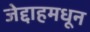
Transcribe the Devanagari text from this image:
जेद्दाहमधून